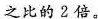
之比的2倍。